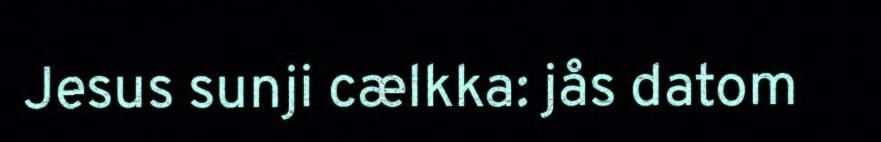
Jesus sunji cælkka: jås datom